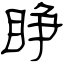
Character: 睁